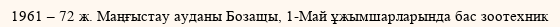
1961 – 72 ж. Маңғыстау ауданы Бозащы, 1-Май ұжымшарларында бас зоотехник